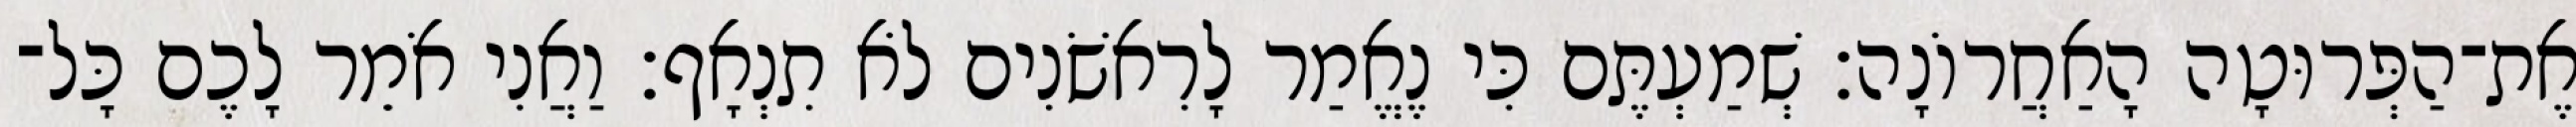
אֶת־הַפְּרוּטָה הָאַחֲרוֹנָה׃ שְׁמַעְתֶּם כִּי נֶאֱמַר לָרִאשֹׁנִים לֹא תִנְאָף׃ וַאֲנִי אֹמֵר לָכֶם כָּל־